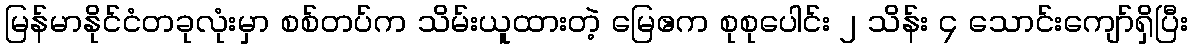
မြန်မာနိုင်ငံတခုလုံးမှာ စစ်တပ်က သိမ်းယူထားတဲ့ မြေဧက စုစုပေါင်း ၂ သိန်း ၄ သောင်းကျော်ရှိပြီး